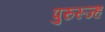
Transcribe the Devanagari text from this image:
पुरुस्ज्ह